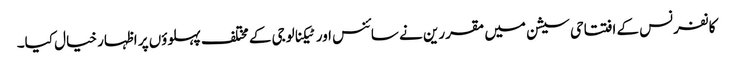
کانفرنس کے افتتاحی سیشن میں مقررین نے سائنس اور ٹیکنالوجی کے مختلف پہلوؤں پر اظہار خیال کیا۔